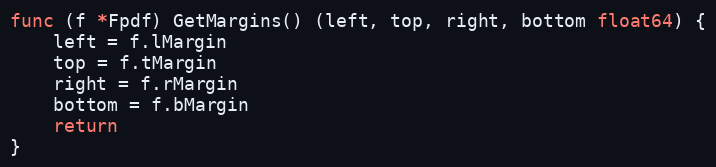
Language: Go
func (f *Fpdf) GetMargins() (left, top, right, bottom float64) {
	left = f.lMargin
	top = f.tMargin
	right = f.rMargin
	bottom = f.bMargin
	return
}